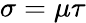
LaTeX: \sigma=\mu\tau